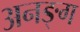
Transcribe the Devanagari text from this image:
अनङ्‌ग